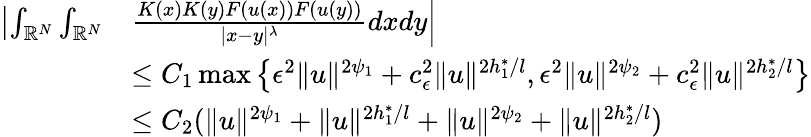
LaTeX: \begin{array}{rl}{\left|\int_{{\mathbb R}^{N}}\int_{{\mathbb R}^{N}}\right.}&{\left.\frac{K(x)K(y)F(u(x))F(u(y))}{|x-y|^{\lambda}}dxdy\right|}\\ &{\leq C_{1}\operatorname*{max}\left\lbrace{\epsilon}^{2}\| u\| ^{2\psi_{1}}+c_{\epsilon}^{2}\| u\| ^{2h_{1}^{*}/l},{\epsilon}^{2}\| u\| ^{2\psi_{2}}+c_{\epsilon}^{2}\| u\| ^{2h_{2}^{*}/l}\right\rbrace}\\ &{\leq C_{2}(\| u\| ^{2\psi_{1}}+\| u\| ^{2h_{1}^{*}/l}+\| u\| ^{2\psi_{2}}+\| u\| ^{2h_{2}^{*}/l})}\end{array}